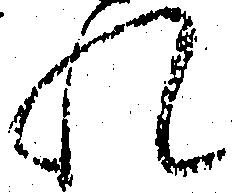
れ